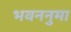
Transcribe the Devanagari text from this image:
भवननुमा